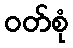
ဝတ်စုံ